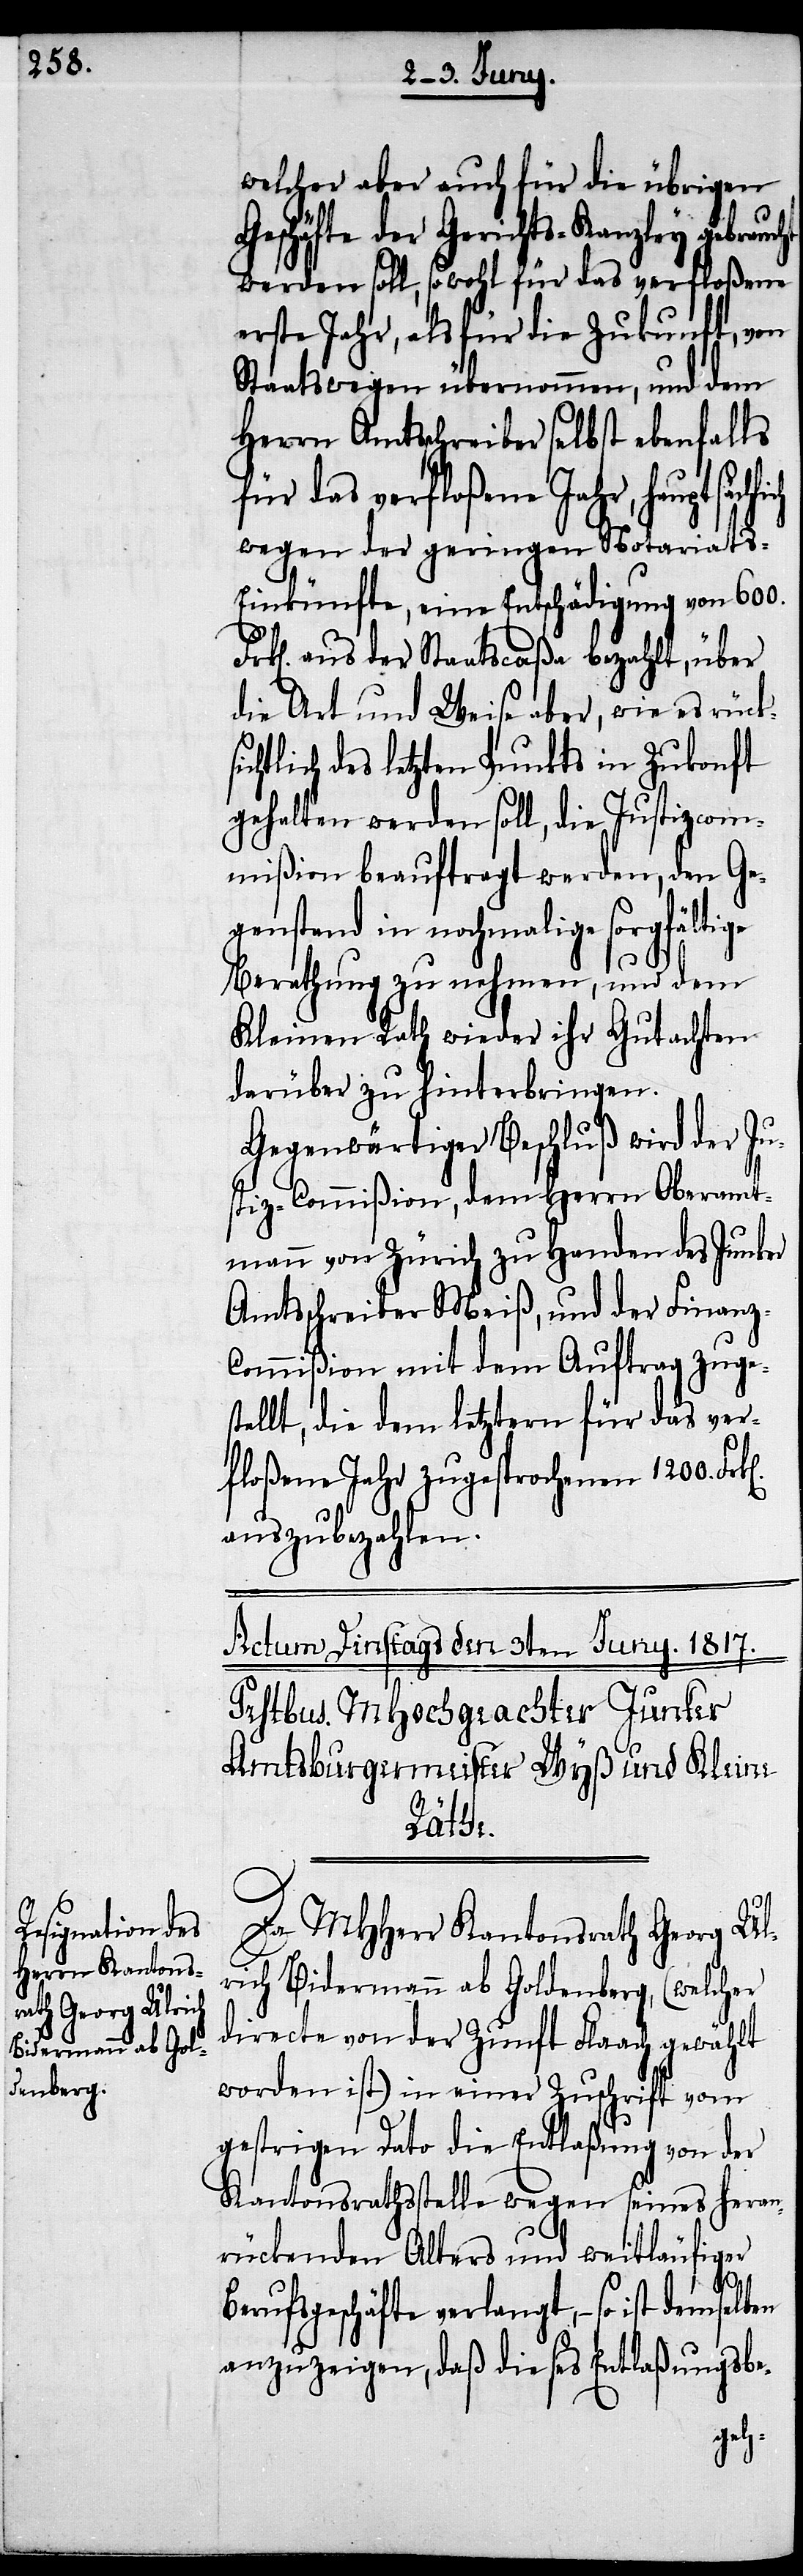
welcher aber auch für die übrigen
Geschäfte der Gerichts-Kanzley gebr¬
werden soll, sowohl für das verfloßene
erste Jahr, als für die Zukunft, von
Staatswegen übernommen, und dem
Herrn Amtsschreiber selbst ebenfalls
für das verfloßene Jahr, hauptsäch¬
wegen der geringen Notariats-E¬
inkünfte, eine Entschädigung von 600.
k[en]. aus der Staatscaßa bezahlt, über
die Art und Weise aber, wie es rück¬
htlich des letzten Punkts in Zukunft
gehalten werden soll, die Justizcom¬
mißion beauftragt werden, den Ge¬
genstand in nochmalige sorgfältige
Berathung zu nehmen, und dem
Kleinen Rath wieder ihr Gutachten
darüber zu hinterbringen.
Gegenwärtiger Beschluß wird der Ju¬
stiz-Commißion, dem Herrn Oberamt¬
mann von Zürich zu Handen des Junker
Amtsschreiber Meiß, und der Finanz-C¬
ommißion mit dem Auftrag zuges¬
tellt, die dem letztern für das ver¬
floßene Jahr zugesprochenen 1200. Fr¬
auszubezahlen.
k[en].
Da MHHerr Kantonsrath Georg Ul¬
rich Bidermann ab Goldenberg, (welcher
directe von der Zunft Flaach gewählt
worden ist) in einer Zuschrift vom
gestrigen Dato die Entlaßung von der
Kantonsrathsstelle wegen seines Heran¬
rückenden Alters und weitläufiger
Berufsgeschäfte verlangt, – so ist demselben
anzuzeigen, daß dieses Entlaßungsbe-
sic¬